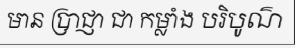
មាន ប្រាជ្ញា ជា កម្លាំង បរិបូណ៌